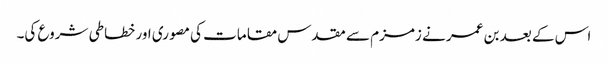
اس کے بعد بن عمر نے زمزم سے مقدس مقامات کی مصوری اور خطاطی شروع کی۔